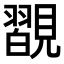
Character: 𧢇